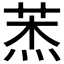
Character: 𦲓